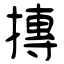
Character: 摶